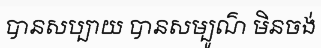
បានសប្បាយ បានសម្បូណ៌ មិនចង់